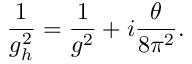
\frac { 1 } { g _ { h } ^ { 2 } } = \frac { 1 } { g ^ { 2 } } + i \frac { \theta } { 8 \pi ^ { 2 } } .